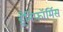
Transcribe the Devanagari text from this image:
ड्रेनिफॉर्मिस